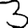
Digit: 3